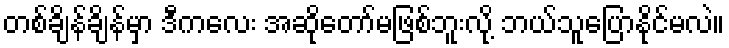
တစ်ချိန်ချိန်မှာ ဒီကလေး အဆိုတော်မဖြစ်ဘူးလို့ ဘယ်သူပြောနိုင်မလဲ။